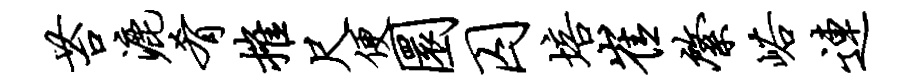
苔漉肴摧尺便圜囚培崔綮峪连